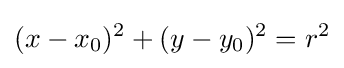
(x-x_{0})^{2}+(y-y_{0})^{2}=r^{2}